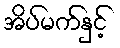
အိပ်မက်နှင့်